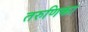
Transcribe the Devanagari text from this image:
तरुणिका